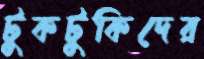
টুকটুকিদের